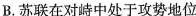
B.苏联在对峙中处于攻势地位